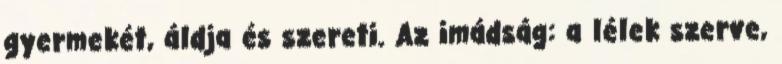
gyermekét, áldja és szereti. Az imádság: a lélek szerve,